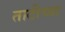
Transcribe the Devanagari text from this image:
ताटीच्या